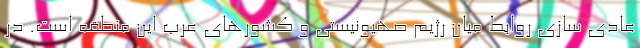
عادی سازی روابط میان رژیم صهیونیستی و کشورهای عرب این منطقه است. در